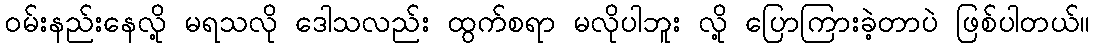
ဝမ်းနည်းနေလို့ မရသလို ဒေါသလည်း ထွက်စရာ မလိုပါဘူး လို့ ပြောကြားခဲ့တာပဲ ဖြစ်ပါတယ်။